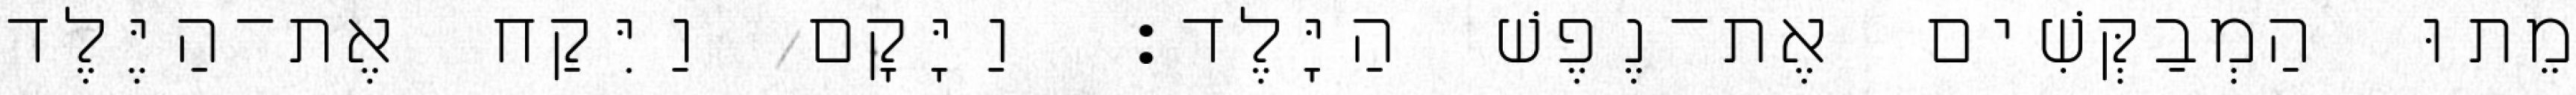
מֵתוּ הַמְבַקְּשִׁים אֶת־נֶפֶשׁ הַיָּלֶד׃ וַיָּקָם וַיִּקַח אֶת־הַיֶּלֶד